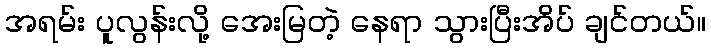
အရမ်း ပူလွန်းလို့ အေးမြတဲ့ နေရာ သွားပြီးအိပ် ချင်တယ်။